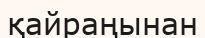
қайраңынан